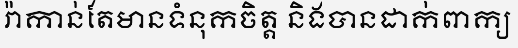
រ៉ាកាន់តែមានទំនុកចិត្ត និងបានដាក់ពាក្យ